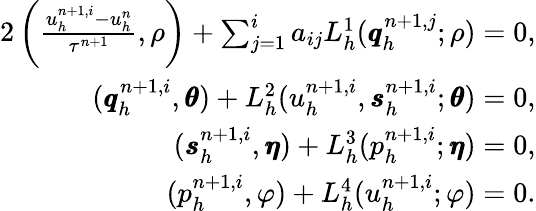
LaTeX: \begin{array}{r}{{2}\left(\frac{u_{h}^{n+1,i}-u_{h}^{n}}{\tau^{n+1}},\rho\right)+\sum_{j=1}^{i}a_{ij}L_{h}^{1}(\pmb{q}_{h}^{n+1,j};\rho)=0,}\\ {(\pmb{q}_{h}^{n+1,i},\pmb{\theta})+L_{h}^{2}(u_{h}^{n+1,i},\pmb{s}_{h}^{n+1,i};\pmb{\theta})=0,}\\ {(\pmb{s}_{h}^{n+1,i},\pmb{\eta})+L_{h}^{3}(p_{h}^{n+1,i};\pmb{\eta})=0,}\\ {(p_{h}^{n+1,i},\varphi)+L_{h}^{4}(u_{h}^{n+1,i};\varphi)=0.}\end{array}